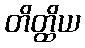
တိတ္ထိယ